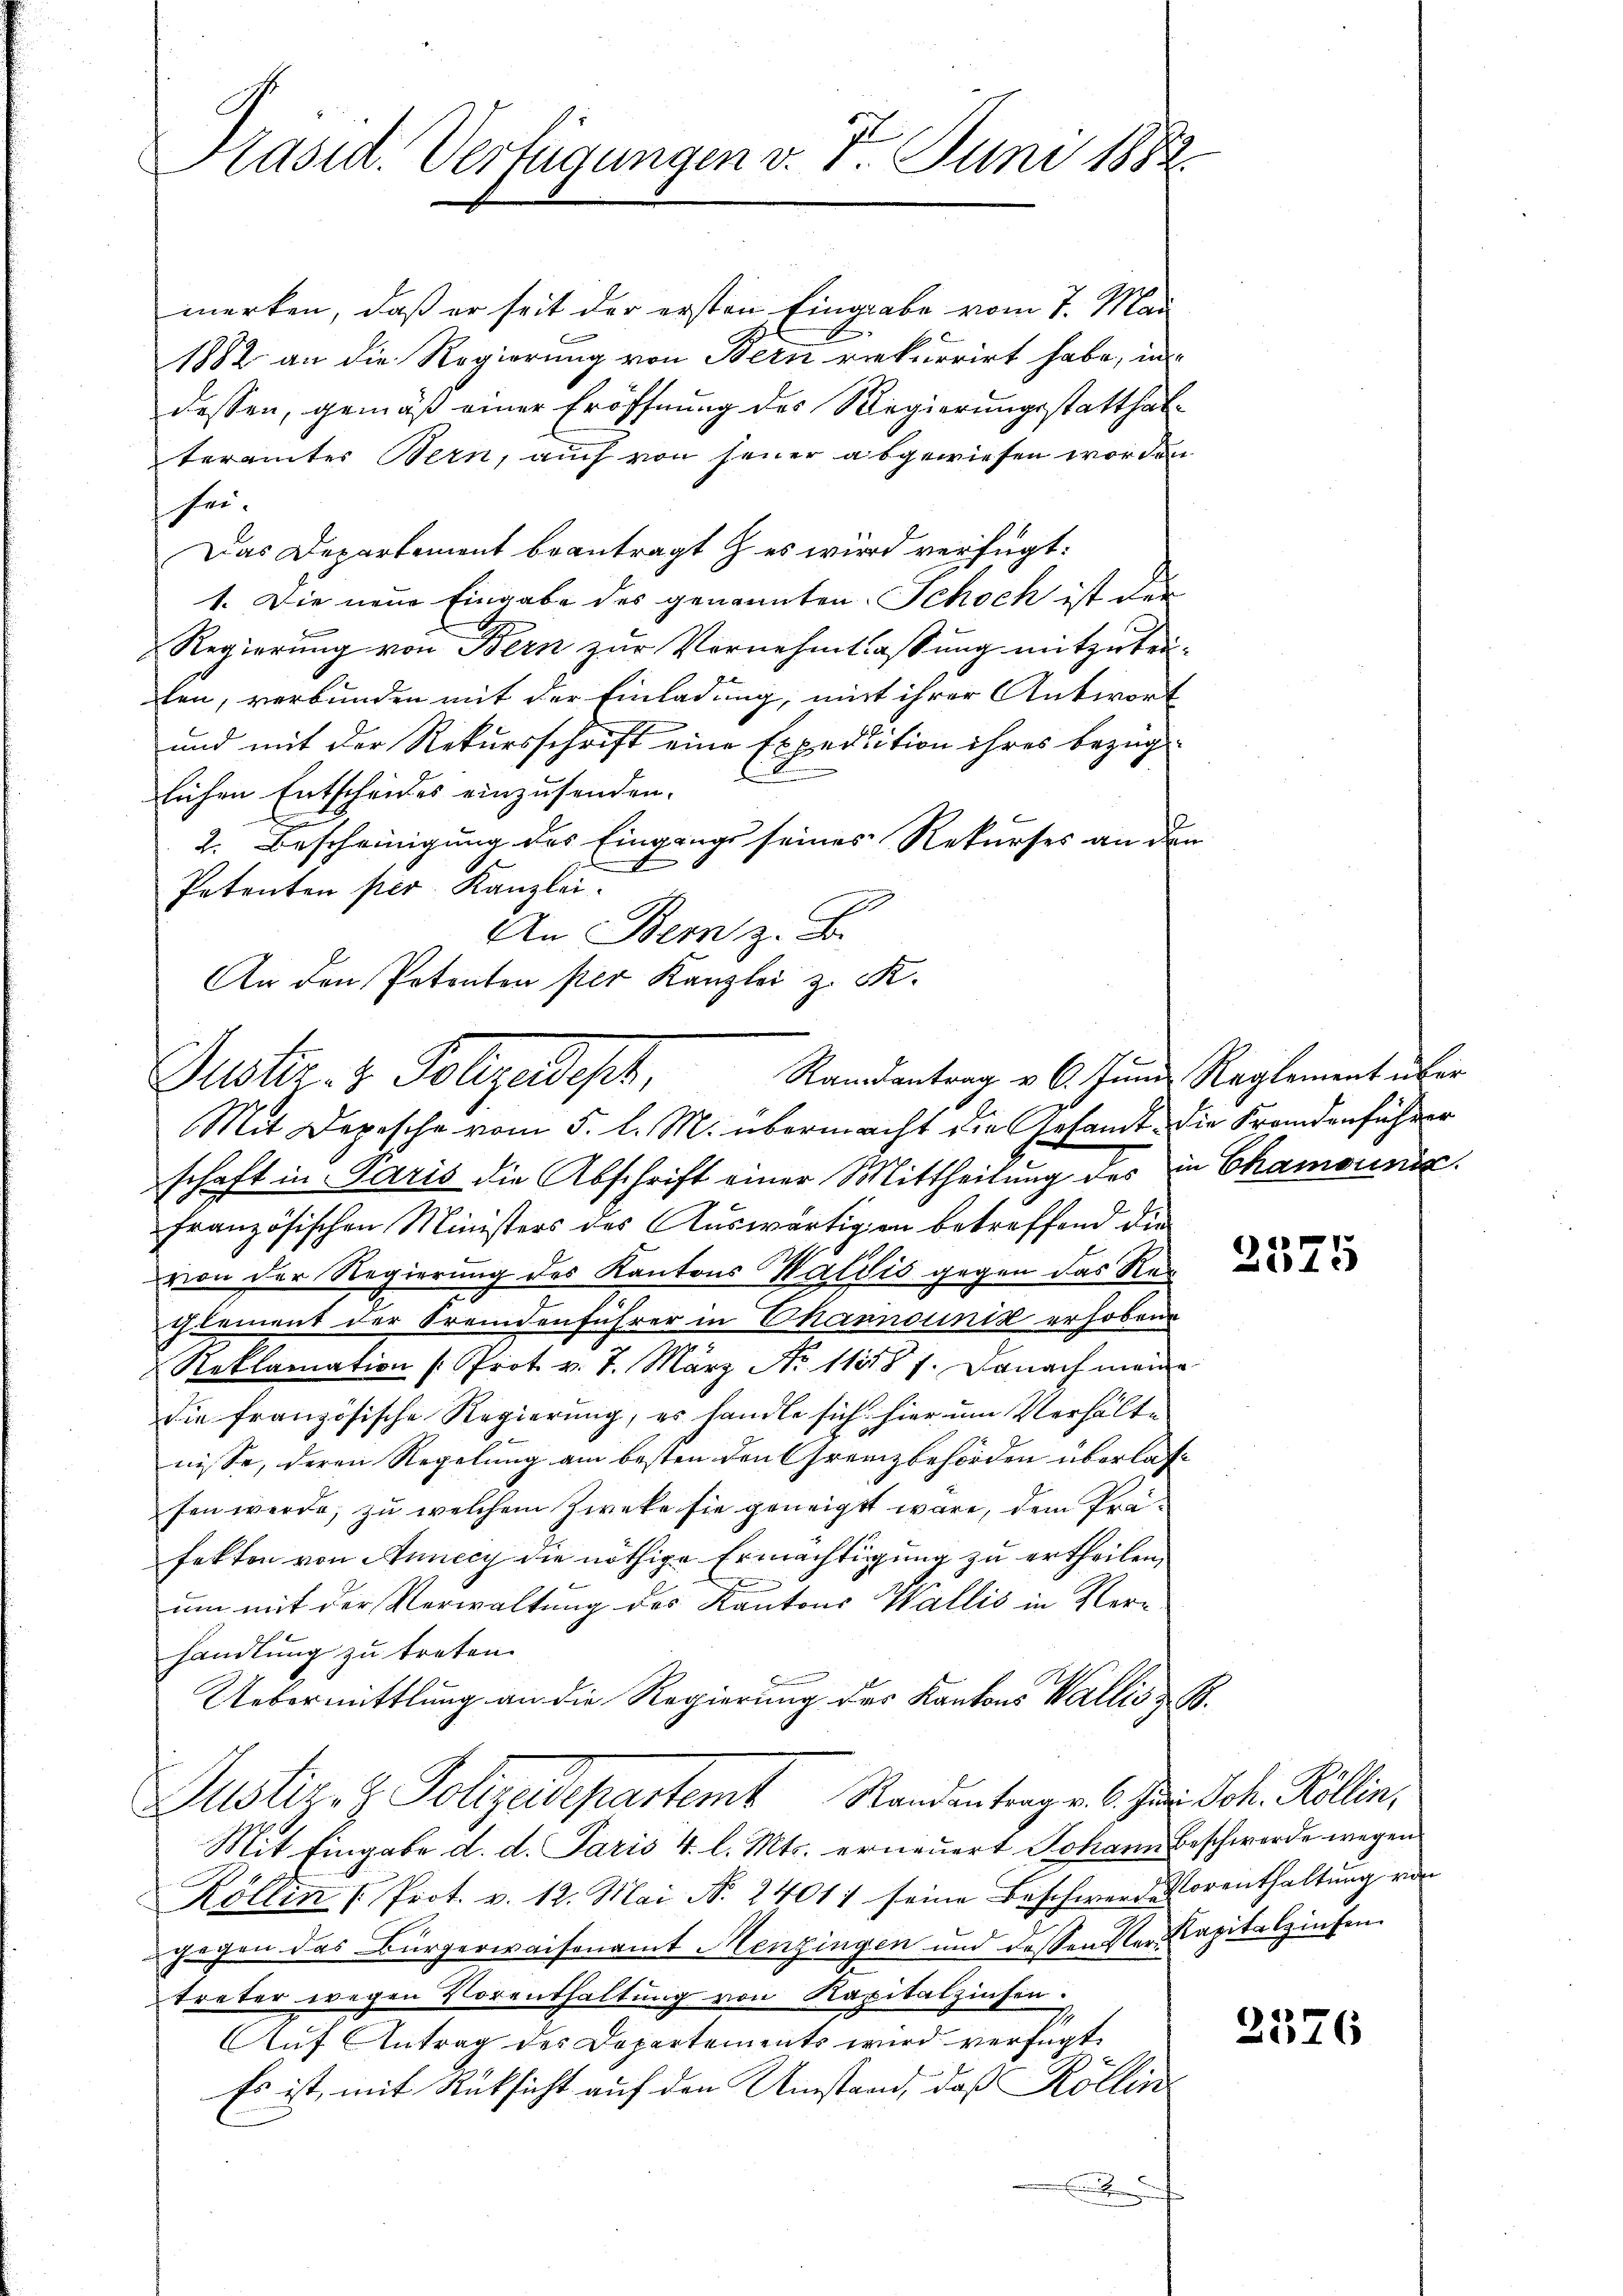
Präsid. Verfügungen v. 7. Juni 1882.

merken, daß er seit der ersten Eingabe vom 7. Mai
1882 an die Regierung von Bern rekurrirt habe, in
dessen, gemäß einer Eröffnung des Regierungsstatthalterämter Bern, auch von seiner abgewiesen worden
sei.
Das Departement beantragt es wird verfügt:
1. Die neue Eingabe des genannten Schoch ist der
Regierung von Bern zur Vernehmtlassung mitzutei-
ten, verbunden mit der Einladung, mit ihrer Antwort
und mit der Rekursschrift eine Expedition ihres bezüg-
lichen Entscheides einzusenden.
2. Bescheinigung des Eingangs seines Rekurses an den
Petenten per Kanzlei-
An Bern z. B.
An den Petenten per Kanzlei z. R.

Randantrag v. 6. Juni Reglement über
Puster. v. Folgeregt,
Mit Depesche vom 5. l. M. übermacht die Gesamt die Fremdenführer

schaft in Paris die Abschrift einer Mittheilung des in Chamounis
französischen Ministers des Auswärtigen betreffend die
von der Regierung des Kantons Waldis gegen das Reglement der Fremdenführer in Channouinik erhoben
Reklamation (Prot. v. 7. März No 11187. Danach meine
die französische Regierung, es handle sich hier um Verhälte
nisse, deren Regelung am besten den Grenzbehörden überlasfen werde, zu welchem Zweke sie geneigt wäre, dem Präfekten von Annecy die nöthige Ermächtigung zu ertheilen,
e
um mit der Verwaltung des Kantons Wallis in Verhandlung zu treten.
Uebermittlung an die Regierung des Kantons Wallis z. B.
Justiz- & Polizeidepartemt Standentrag. 6. Ja. Joh. Köllin,
Mit Eingabe d. d. Paris 4. l. Mts. erneuert Johann Beschwerde wegen
Köllin [Prot. v. 12. Mai N. 24011 seine Beschwere Vorenthaltung von
gegen das Bürgerwaisenamt Menzingen und dessen Verkapitalzinsen.
treter wegen Vorenthaltung von Kapitalzinsen.
Auf Antrag des Departements wird verfügt
Es ist, mit Rücksicht auf den Umstand, daß Röllin

a
Zirte

2376